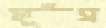
ফুঁস